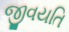
જીવયતિ